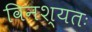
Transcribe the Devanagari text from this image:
विनश्यतः